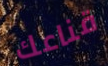
قناعك